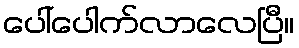
ပေါ်ပေါက်လာလေပြီ။